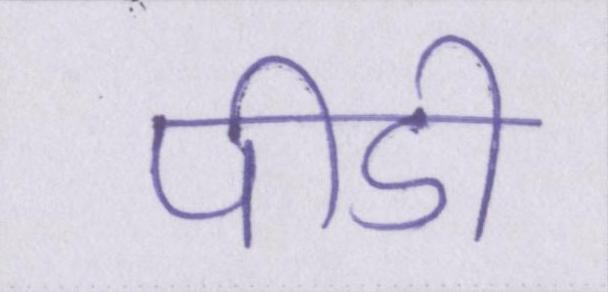
पीडी